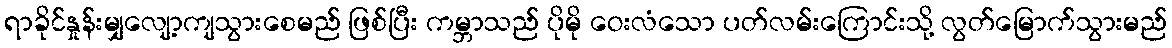
ရာခိုင်နှုန်းမျှလျော့ကျသွားစေမည် ဖြစ်ပြီး ကမ္ဘာသည် ပိုမို ဝေးလံသော ပတ်လမ်းကြောင်းသို့ လွတ်မြောက်သွားမည်